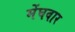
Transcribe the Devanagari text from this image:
मेंघवार